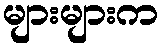
များများက